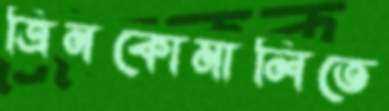
ত্রিনকোমালিতে